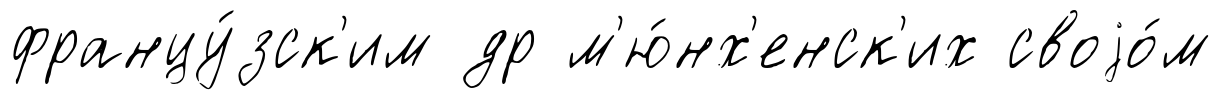
францу́зск'им др м'ю́нх'енск'их своjо́м